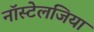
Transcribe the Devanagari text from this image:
नॉस्टेलजिया